Tezpur Lunatic Asylum reports 1877-1894 - 1877-1894
Year: 1877
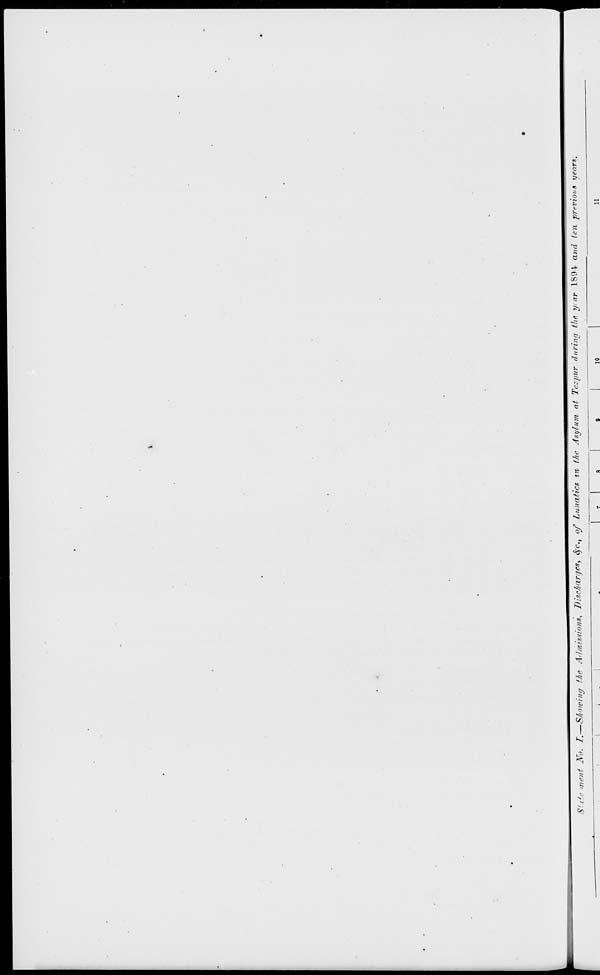
CO
I—I
a
«3
^
►s
S*